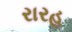
રારહ